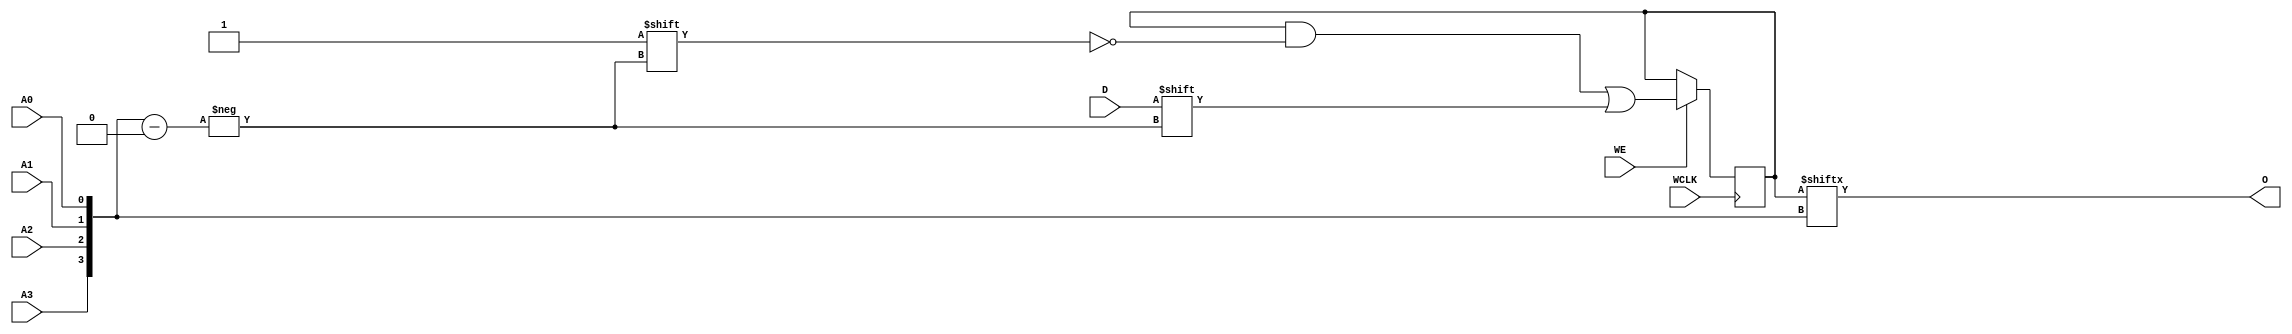
module RAM16X1S (O, A0, A1, A2, A3, D, WCLK, WE);

    parameter INIT = 16'h0000;

    output O;

    input  A0, A1, A2, A3, D, WCLK, WE;

    reg  [15:0] mem;
    wire [3:0] adr;

    assign adr = {A3, A2, A1, A0};
    assign O = mem[adr];

    initial
        mem = INIT;

    always @(posedge WCLK)
        if (WE == 1'b1)
            mem[adr] <= #100 D;

endmodule